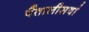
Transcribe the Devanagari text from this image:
पैंतालीसवां